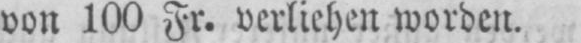
von 100 Fr. verliehen worden.